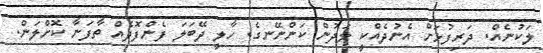
ލަކުނެއް. ދަރިފުޅަށް އެނުދެއްކީ ލަދުން ކަންނޭނގެ. ހާލީ ދޭބަލަ ފެންފޮދެއް ތާފަނާ ކޮށްލަން.